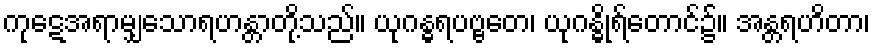
ကုဋေအရာမျှသောရဟန္တာတို့သည်။ ယုဂန္ဓရပဗ္ဗတေ၊ ယုဂန္ဓိုရ်တောင်၌။ အန္တရဟိတာ၊